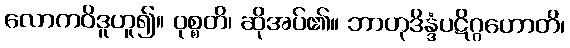
လောကဝိဒူဟူ၍။ ဝုစ္စတိ၊ ဆိုအပ်၏။ ဘာဟုဒိန္ဒံပဋိဂ္ဂဟောတိ၊